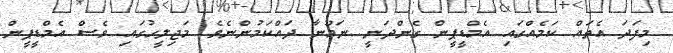
މިފަދަ އެތައް ކަމެއްގައި އެމްޑީޕީން ގެންދަނީ ނަމޫނާ ދައްކަމުންނެވެ. މަޖިލީހުގައި ވެސް އެމްޑީޕީން